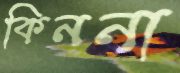
কিননা